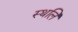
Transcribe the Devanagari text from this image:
स्थलिं